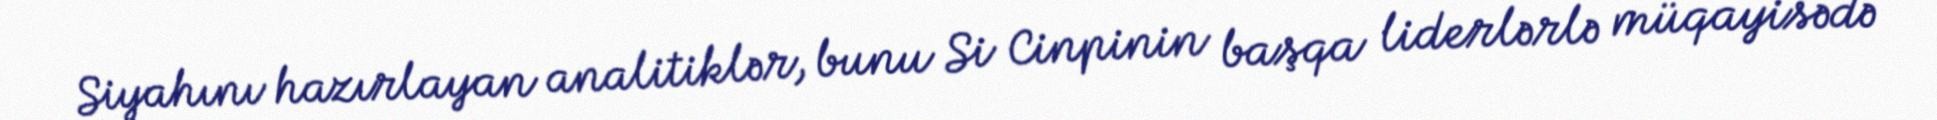
Siyahını hazırlayan analitiklər, bunu Si Cinpinin başqa liderlərlə müqayisədə